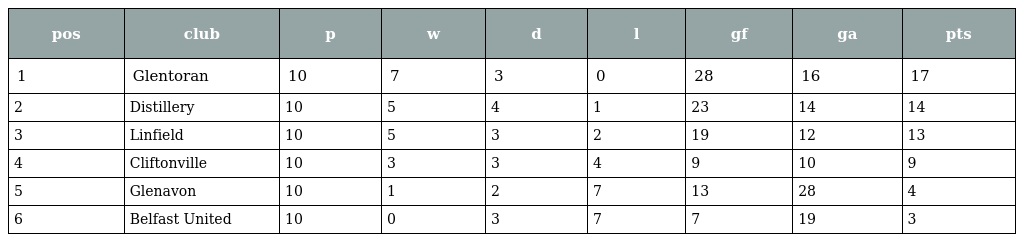
| pos | club | p | w | d | l | gf | ga | pts |
 | --- | --- | --- | --- | --- | --- | --- | --- | --- |
 | 1 | Glentoran | 10 | 7 | 3 | 0 | 28 | 16 | 17 |
 | 2 | Distillery | 10 | 5 | 4 | 1 | 23 | 14 | 14 |
 | 3 | Linfield | 10 | 5 | 3 | 2 | 19 | 12 | 13 |
 | 4 | Cliftonville | 10 | 3 | 3 | 4 | 9 | 10 | 9 |
 | 5 | Glenavon | 10 | 1 | 2 | 7 | 13 | 28 | 4 |
 | 6 | Belfast United | 10 | 0 | 3 | 7 | 7 | 19 | 3 |